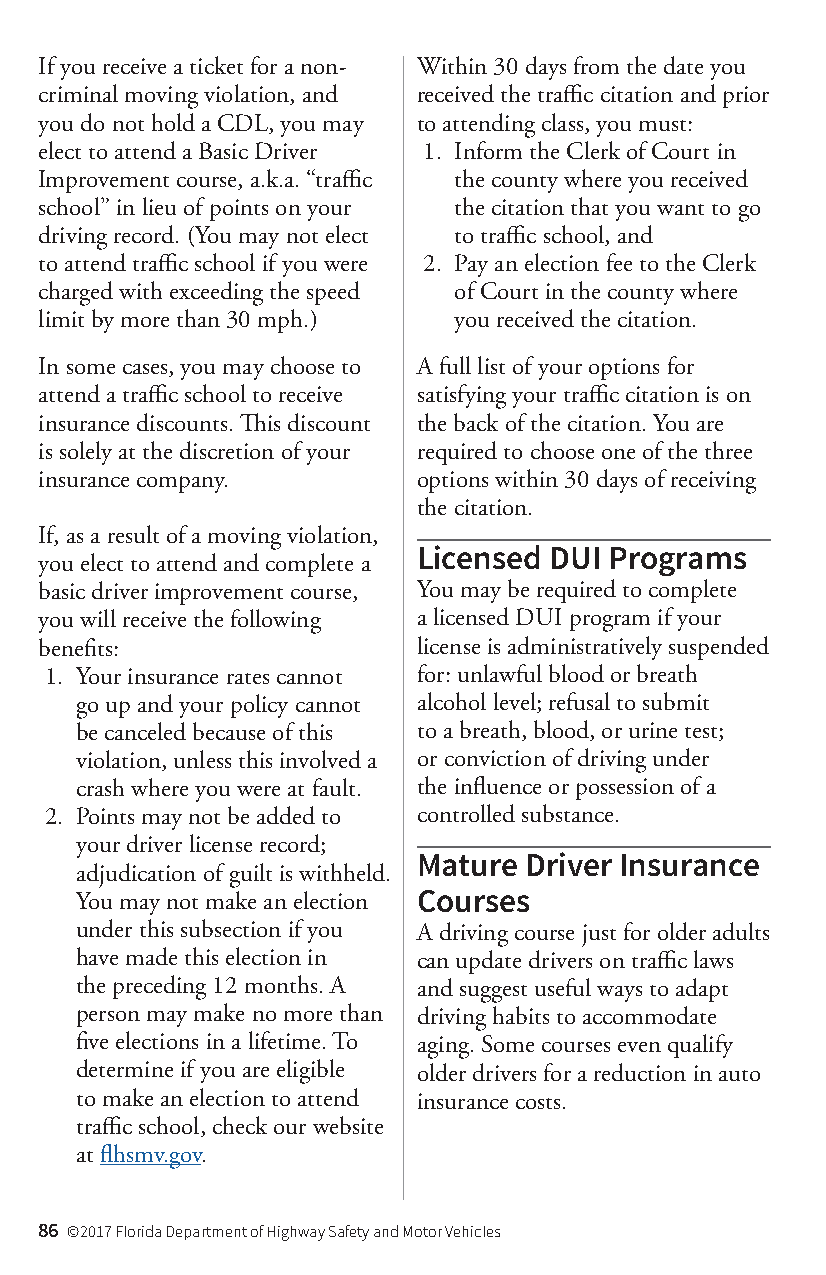
If you receive a ticket for a non- Within 30 days from the date you
 criminal moving violation, and received the traffic citation and prior
 you do not hold a CDL, you may to attending class, you must:
 elect to attend a Basic Driver 1. Inform the Clerk of Court in
 Improvement course, a.k.a. “traffic the county where you received
 school” in lieu of points on your the citation that you want to go
 driving record. (You may not elect to traffic school, and
 to attend traffic school if you were 2. Pay an election fee to the Clerk
 charged with exceeding the speed of Court in the county where
 limit by more than 30 mph.) you received the citation.
 In some cases, you may choose to A full list of your options for
 attend a traffic school to receive satisfying your traffic citation is on
 insurance discounts. This discount the back of the citation. You are
 is solely at the discretion of your required to choose one of the three
 insurance company.       options within 30 days of receiving
 the citation.
 If, as a result of a moving violation,
 Licensed DUI Programs
 you elect to attend and complete a
 basic driver improvement course, You may be required to complete
 you will receive the following a licensed DUI program if your
 benefits:                license is administratively suspended
 1. Your insurance rates cannot for: unlawful blood or breath
 go up and your policy cannot alcohol level; refusal to submit
 be canceled because of this to a breath, blood, or urine test;
 violation, unless this involved a or conviction of driving under
 crash where you were at fault. the influence or possession of a
 2. Points may not be added to controlled substance.
 your driver license record;
 Mature Driver Insurance
 adjudication of guilt is withheld.
 You may not make an election Courses
 under this subsection if you A driving course just for older adults
 have made this election in can update drivers on traffic laws
 the preceding 12 months. A and suggest useful ways to adapt
 person may make no more than driving habits to accommodate
 five elections in a lifetime. To aging. Some courses even qualify
 determine if you are eligible older drivers for a reduction in auto
 to make an election to attend insurance costs.
 traffic school, check our website
 at flhsmv.gov.
 86 ©2017 Florida Department of Highway Safety and Motor Vehicles